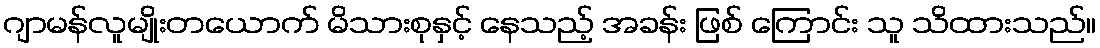
ဂျာမန်လူမျိုးတယောက် မိသားစုနှင့် နေသည့် အခန်း ဖြစ် ကြောင်း သူ သိထားသည်။